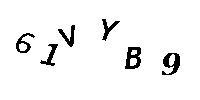
61VYB9